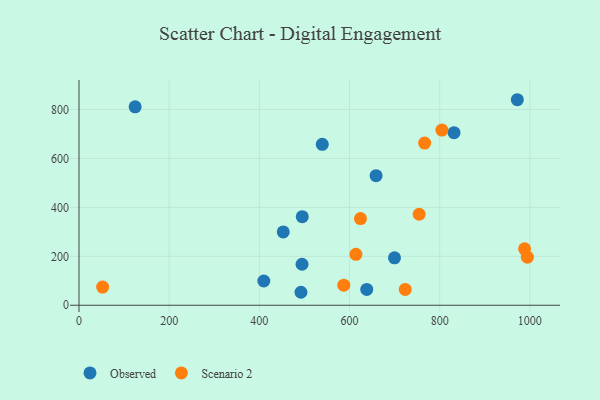
{"axis": {"x": "Ad Spend", "y": "Salary"}, "legend": ["Observed", "Scenario 2"], "data": [{"x": "495.2", "y": 362.1, "type": "Observed"}, {"x": "972.2", "y": 840.0, "type": "Observed"}, {"x": "409.9", "y": 99.1, "type": "Observed"}, {"x": "658.9", "y": 529.4, "type": "Observed"}, {"x": "124.5", "y": 810.9, "type": "Observed"}, {"x": "494.7", "y": 167.5, "type": "Observed"}, {"x": "492.3", "y": 53.0, "type": "Observed"}, {"x": "539.6", "y": 657.9, "type": "Observed"}, {"x": "638.2", "y": 64.5, "type": "Observed"}, {"x": "453.0", "y": 299.5, "type": "Observed"}, {"x": "699.8", "y": 194.0, "type": "Observed"}, {"x": "831.8", "y": 705.3, "type": "Observed"}, {"x": "624.3", "y": 354.4, "type": "Scenario 2"}, {"x": "723.6", "y": 64.5, "type": "Scenario 2"}, {"x": "52.4", "y": 74.1, "type": "Scenario 2"}, {"x": "804.9", "y": 716.0, "type": "Scenario 2"}, {"x": "614.2", "y": 208.0, "type": "Scenario 2"}, {"x": "754.5", "y": 371.9, "type": "Scenario 2"}, {"x": "994.5", "y": 196.6, "type": "Scenario 2"}, {"x": "587.3", "y": 81.9, "type": "Scenario 2"}, {"x": "988.3", "y": 230.6, "type": "Scenario 2"}, {"x": "766.6", "y": 663.0, "type": "Scenario 2"}]}